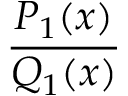
\frac { P _ { 1 } ( x ) } { Q _ { 1 } ( x ) }